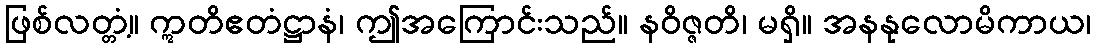
ဖြစ်လတ္တံ့။ ဣတိဧတံဋ္ဌာနံ၊ ဤအကြောင်းသည်။ နဝိဇ္ဇတိ၊ မရှိ။ အနနုလောမိကာယ၊